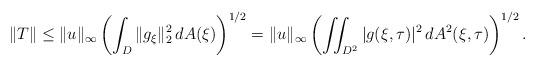
LaTeX: \begin{align*} \|T\| \leq \|u\|_\infty \left(\int_D \|g_\xi\|_2^2\, dA(\xi) \right)^{1/2} = \|u\|_\infty \left(\iint_{D^2} |g(\xi,\tau)|^2\, dA^2(\xi,\tau)\right)^{1/2}. \end{align*}